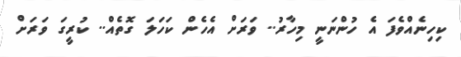
ކިހިނެއްވެފަ އެ ހުންނަނީ މިހާރު.. ވަރަށް އެހެން ކަހަލަ ގޮތެއް.. ކުރީގަ ވަރަށް